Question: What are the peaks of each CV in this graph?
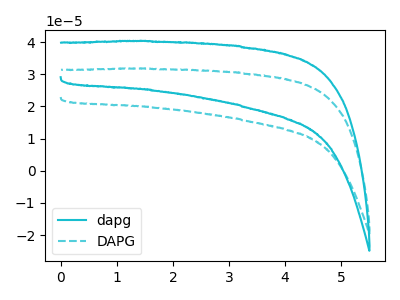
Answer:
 <answer>The cyan curve "dapg" has no peaks. The cyan dashed curve "DAPG" has no peaks.</answer>
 <eval></eval>